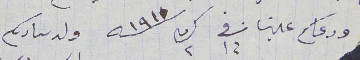
ودعاكم علينا فى ١٤ ك٢ سنه ١٩١٠ ولد سىادىكم